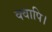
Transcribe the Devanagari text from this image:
क्वापि।